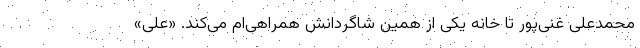
محمدعلی غنی‌پور تا خانه یکی از همین شاگردانش همراهی‌ام می‌کند. «علی»